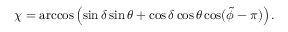
\chi = \operatorname { a r c c o s } \left( \sin \delta \sin \theta + \cos \delta \cos \theta \cos ( \tilde { \phi } - \pi ) \right) .